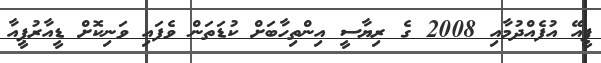
ޕީއޭ އުފެއްދުމާއި 2008 ގެ ރިޔާސީ އިންތިހާބަށް ކުޑަތަން ވެފައި ވަނިކޮށް ޑީއާރުޕީއާ